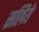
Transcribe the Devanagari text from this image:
सलिये